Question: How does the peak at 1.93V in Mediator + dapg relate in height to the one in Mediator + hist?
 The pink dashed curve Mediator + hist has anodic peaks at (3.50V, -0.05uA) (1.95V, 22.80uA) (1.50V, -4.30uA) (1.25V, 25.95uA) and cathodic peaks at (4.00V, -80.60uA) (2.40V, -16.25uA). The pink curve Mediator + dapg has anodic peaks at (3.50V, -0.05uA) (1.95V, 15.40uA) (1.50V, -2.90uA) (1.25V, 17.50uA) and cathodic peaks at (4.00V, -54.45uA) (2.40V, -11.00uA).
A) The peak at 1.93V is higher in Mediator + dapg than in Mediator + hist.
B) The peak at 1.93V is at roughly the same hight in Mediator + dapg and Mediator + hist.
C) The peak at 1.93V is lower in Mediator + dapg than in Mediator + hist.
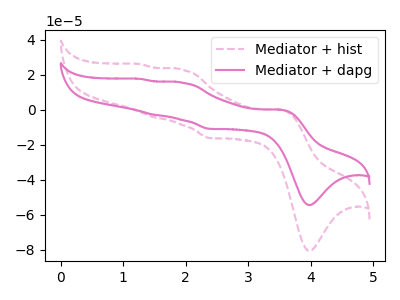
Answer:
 <answer>C) The peak at 1.93V is lower in "Mediator + dapg" than in "Mediator + hist".</answer>
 <eval>C</eval>